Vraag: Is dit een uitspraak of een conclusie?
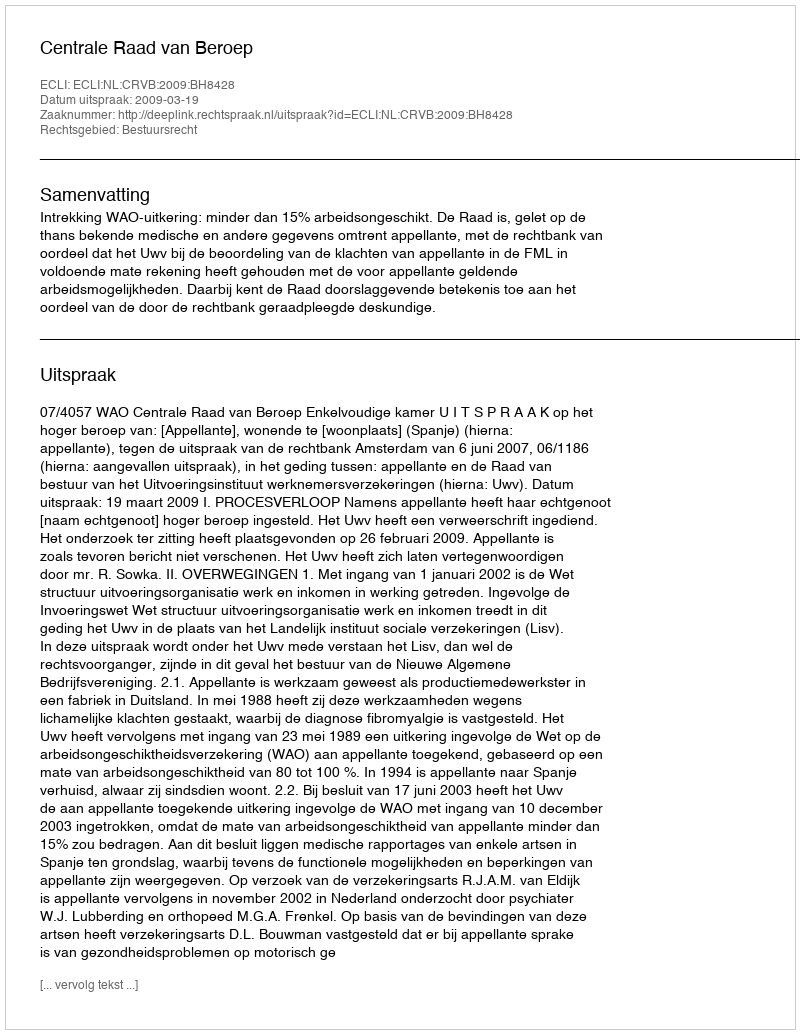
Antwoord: Uitspraak